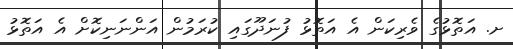
ށ. އަތޮޅުގެ ވެރިކަން އެ އަތޮޅު ފުނަދޫގައި ކުރަމުން އަންނަނިކޮށް އެ އަތޮޅު